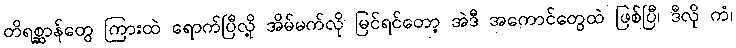
တိရစ္ဆာန်တွေ ကြားထဲ ရောက်ပြီလို့ အိမ်မက်လို မြင်ရင်တော့ အဲဒီ အကောင်တွေထဲ ဖြစ်ပြီ၊ ဒီလို ကံ၊